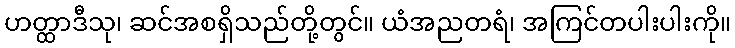
ဟတ္ထာဒီသု၊ ဆင်အစရှိသည်တို့တွင်။ ယံအညတရံ၊ အကြင်တပါးပါးကို။